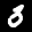
Label: 3